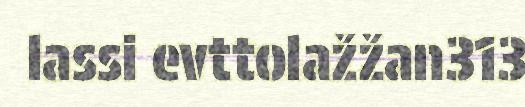
lassi evttolažžan313